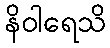
နိဝါရေသိ